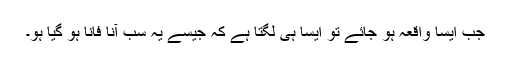
جب ایسا واقعہ ہو جائے تو ایسا ہی لگتا ہے کہ جیسے یہ سب آناََ فاناََ ہو گیا ہو۔